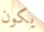
يكون